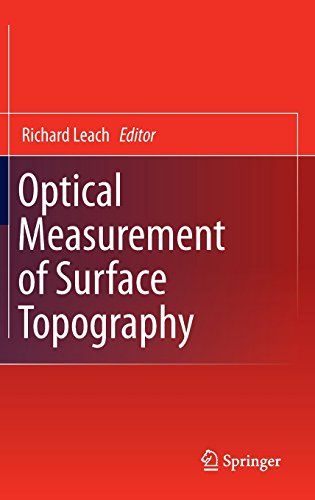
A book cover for Optical Measurement of Surface Topography; Science & Math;